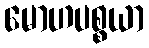
မောဟပစ္စယာ